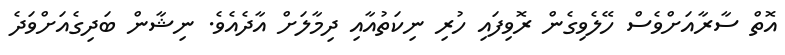
އޮތް ސާރާއަށްވެސް ހޭލެވިގެން ރޮވިފައި ހުރި ނިކަތުއާއި ދިމާލަށް އާދެއެވެ. ނިޝާން ބަދިގެއަށްވަދެ